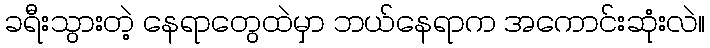
ခရီးသွားတဲ့ နေရာတွေထဲမှာ ဘယ်နေရာက အကောင်းဆုံးလဲ။